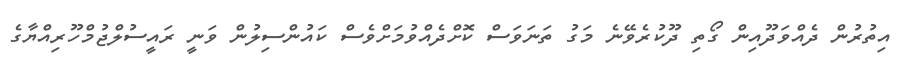
އިތުރުން ދެއްވަދޫއިން ގޯތި ދޫކުރެވޭނެ މަގު ތަނަވަސް ކޮށްދެއްވުމަށްވެސް ކައުންސިލުން ވަނީ ރައީސުލްޖުމްހޫރިއްޔާގެ